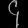
Digit: ၄